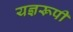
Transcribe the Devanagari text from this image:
यज्ञरूपी